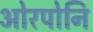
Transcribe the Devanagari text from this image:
ओरपोनि